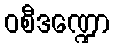
ဝစီဒဏ္ဍော